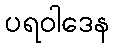
ပရဝါဒေန